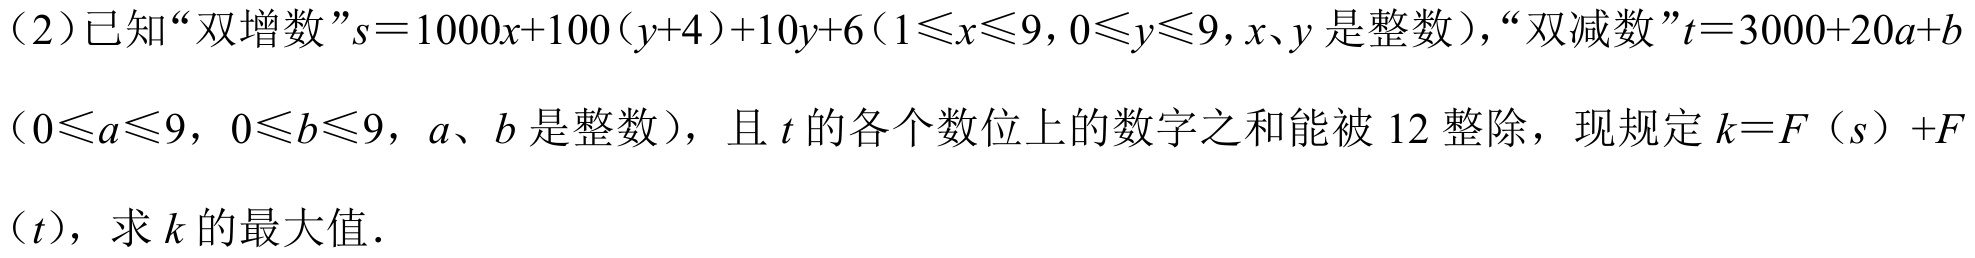
（2）已知“双增数”$s = 1000x + 100(y + 4)+10y + 6(1\leqslant x\leqslant9,0\leqslant y\leqslant9,x、y是整数)$，“双减数”$t = 3000+20a + b$（$0\leqslant a\leqslant9$，$0\leqslant b\leqslant9$，$a、b$是整数），且$t$的各个数位上的数字之和能被$12$整除，现规定$k = F（s）+F（t）$，求$k$的最大值．